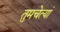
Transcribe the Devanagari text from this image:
तुमचेत्यां